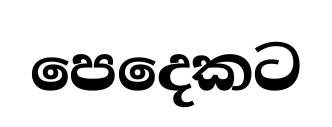
පෙදෙකට